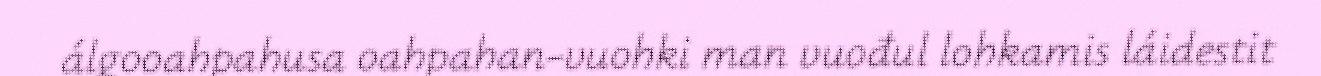
álgooahpahusa oahpahan-vuohki man vuođul lohkamis láidestit